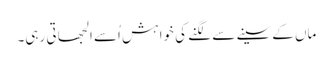
ماں کے سینے سے لگنے کی خوا ہش اُسے الجھا تی رہی۔